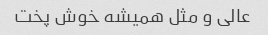
عالی و مثل همیشه خوش پخت